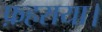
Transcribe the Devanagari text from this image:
फ़हराया।